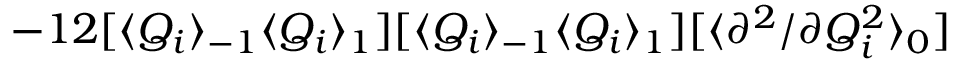
- 1 2 [ \langle Q _ { i } \rangle _ { - 1 } \langle Q _ { i } \rangle _ { 1 } ] [ \langle Q _ { i } \rangle _ { - 1 } \langle Q _ { i } \rangle _ { 1 } ] [ \langle { \partial ^ { 2 } } / { \partial Q _ { i } ^ { 2 } } \rangle _ { 0 } ]